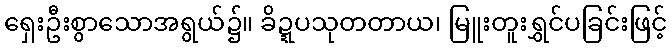
ရှေးဦးစွာသောအရွယ်၌။ ခိဍ္ဍပသုတတာယ၊ မြူးတူးရွှင်ပခြင်းဖြင့်